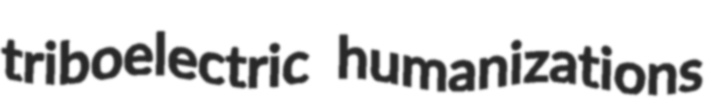
triboelectric humanizations